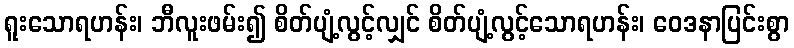
ရူးသောရဟန်း၊ ဘီလူးဖမ်း၍ စိတ်ပျံ့လွင့်လျှင် စိတ်ပျံ့လွင့်သောရဟန်း၊ ဝေဒနာပြင်းစွာ